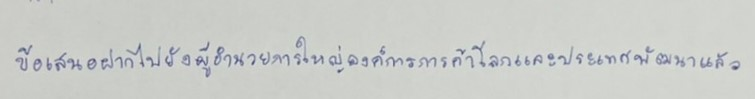
ข้อเสนอฝากไปยังผู้อำนวยการใหญ่องค์การการค้าโลกและประเทศพัฒนาแล้ว